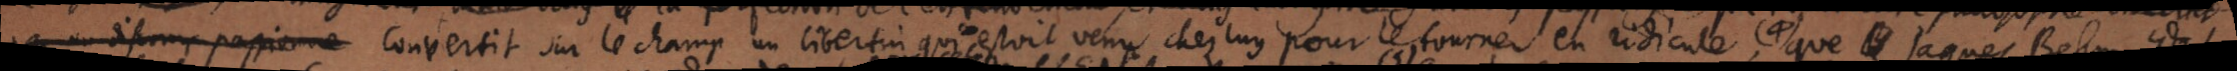
par un discours passione convertit sur le champ un libertin qui estoit venu chez luy pour le tourner en ridicule, 4) que Jaques Behm dit